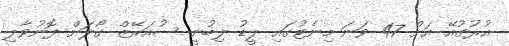
އުރުގުއޭ އަށް 47 ވަނަ މިނެޓުގައި ލީޑު ލިބުނީ ސުއަރޭޒް ގޯލަށް ފޮނުވާލި